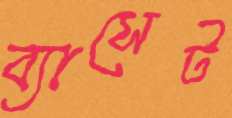
ব্যাসেট